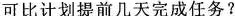
可比计划提前几天完成任务?